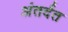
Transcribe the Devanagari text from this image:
अंतर्दत